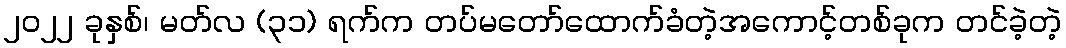
၂၀၂၂ ခုနှစ်၊ မတ်လ (၃၁) ရက်က တပ်မတော်ထောက်ခံတဲ့အကောင့်တစ်ခုက တင်ခဲ့တဲ့